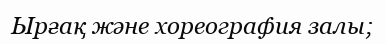
Ырғақ және хореография залы;